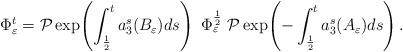
LaTeX: \begin{align*}\Phi^t_\varepsilon=\mathcal P\exp\!\left(\int_{\frac 1 2}^t a_3^s(B_\varepsilon)ds\right)\ \Phi^\frac 1 2_\varepsilon\ \mathcal P\exp\!\left(-\int_{\frac 1 2}^t a_3^s(A_\varepsilon)ds\right).\end{align*}